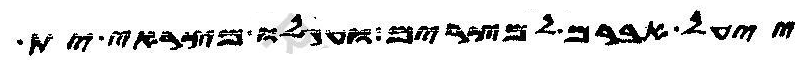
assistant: ייעל אברם למצרים ועגלו מצראי ית